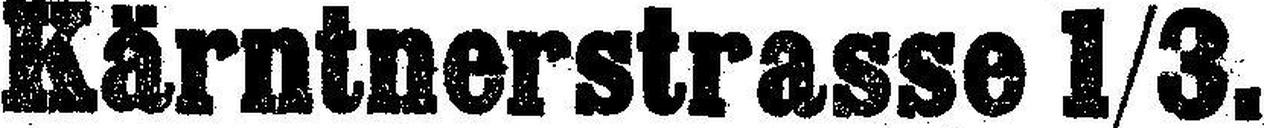
Kärntnerstrasse 1/3.